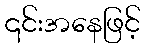
၎င်းအနေဖြင့်